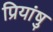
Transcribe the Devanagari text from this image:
प्रियांषु